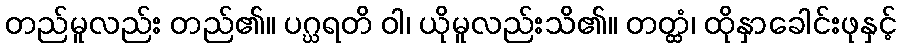
တည်မူလည်း တည်၏။ ပဂ္ဃရတိ ဝါ၊ ယိုမူလည်းသိ၏။ တတ္ထံ၊ ထိုနှာခေါင်းဖုနှင့်